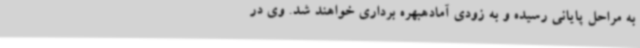
به مراحل پایانی رسیده و به زودی آمادهبهره برداری خواهند شد. وی در